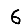
Digit: 6